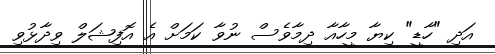
އަދި "ހާޑީ" ކިޔާ މީހާއާ ދިމާވެސް ނުވާ ކަމަށް އެ އޮފިޝަލް ވިދާޅުވި